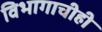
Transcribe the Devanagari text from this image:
विभागाचीही